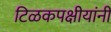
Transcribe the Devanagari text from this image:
टिळकपक्षीयांनी